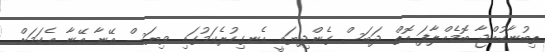
ތިބުނާކުއްޖާ ބޮމެއްލާފަ އޮތް ދަބަސް ގެންދިޔައީ އެނގިހުރެކަމުގައި ވިޔަސް އޭނާ އޭނާ އެކަމަށް